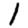
Digit: 1